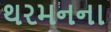
થરમનના